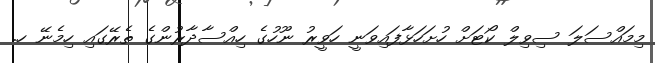
މިމައްސަލަ ސިވިލް ކޯޓަށް ހުށަހަޅާފައިވަނީ ހަވީރު ނޫހުގެ ހިއްސާދާރުންގެ ތެރޭގައި ހިމެނޭ ހ.